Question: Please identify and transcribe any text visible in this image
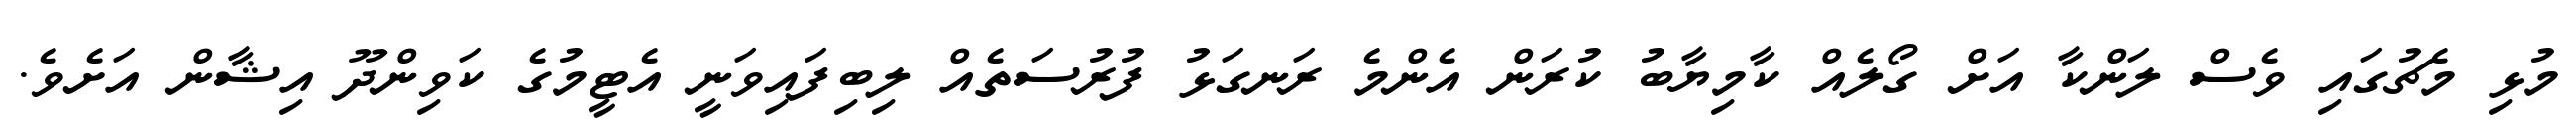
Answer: މުޅި މެޗުގައި ވެސް ލަންކާ އަށް ގޯލެއް ކާމިޔާބު ކުރަން އެންމެ ރަނގަޅު ފުރުސަތެއް ލިބިފައިވަނީ އެޓީމުގެ ކަވިންދޫ އިޝާން އަށެވެ.